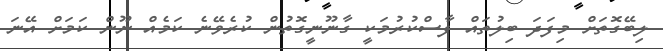
ލިބޭގޮތަށް މިފަދަ ބިލުތައް ފާސްކުރުމަކީ ގާނޫނީގޮތުން ކުރެވޭނެ ކަމެއް ނޫން ކަމަށް އޭނަ